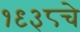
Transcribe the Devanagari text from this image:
१९३८चे